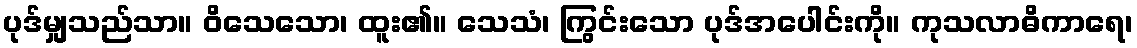
ပုဒ်မျှသည်သာ။ ဝိသေသော၊ ထူး၏။ သေသံ၊ ကြွင်းသော ပုဒ်အပေါင်းကို။ ကုသလာဓိကာရေ၊